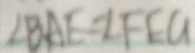
\angle B A E = \angle F E G